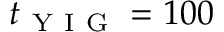
t _ { \mathrm { ~ Y ~ I ~ G ~ } } = 1 0 0